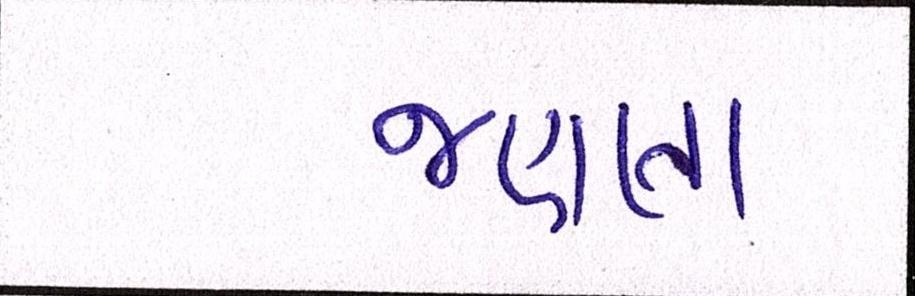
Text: જણાતા